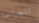
للجراحة